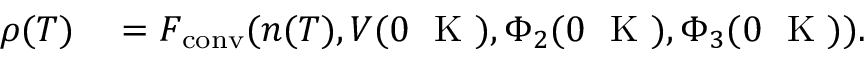
\begin{array} { r l } { \rho ( T ) } & { { } = F _ { \mathrm { c o n v } } ( n ( T ) , V ( 0 ~ \textrm { K } ) , \Phi _ { 2 } ( 0 ~ \textrm { K } ) , \Phi _ { 3 } ( 0 ~ \textrm { K } ) ) . } \end{array}